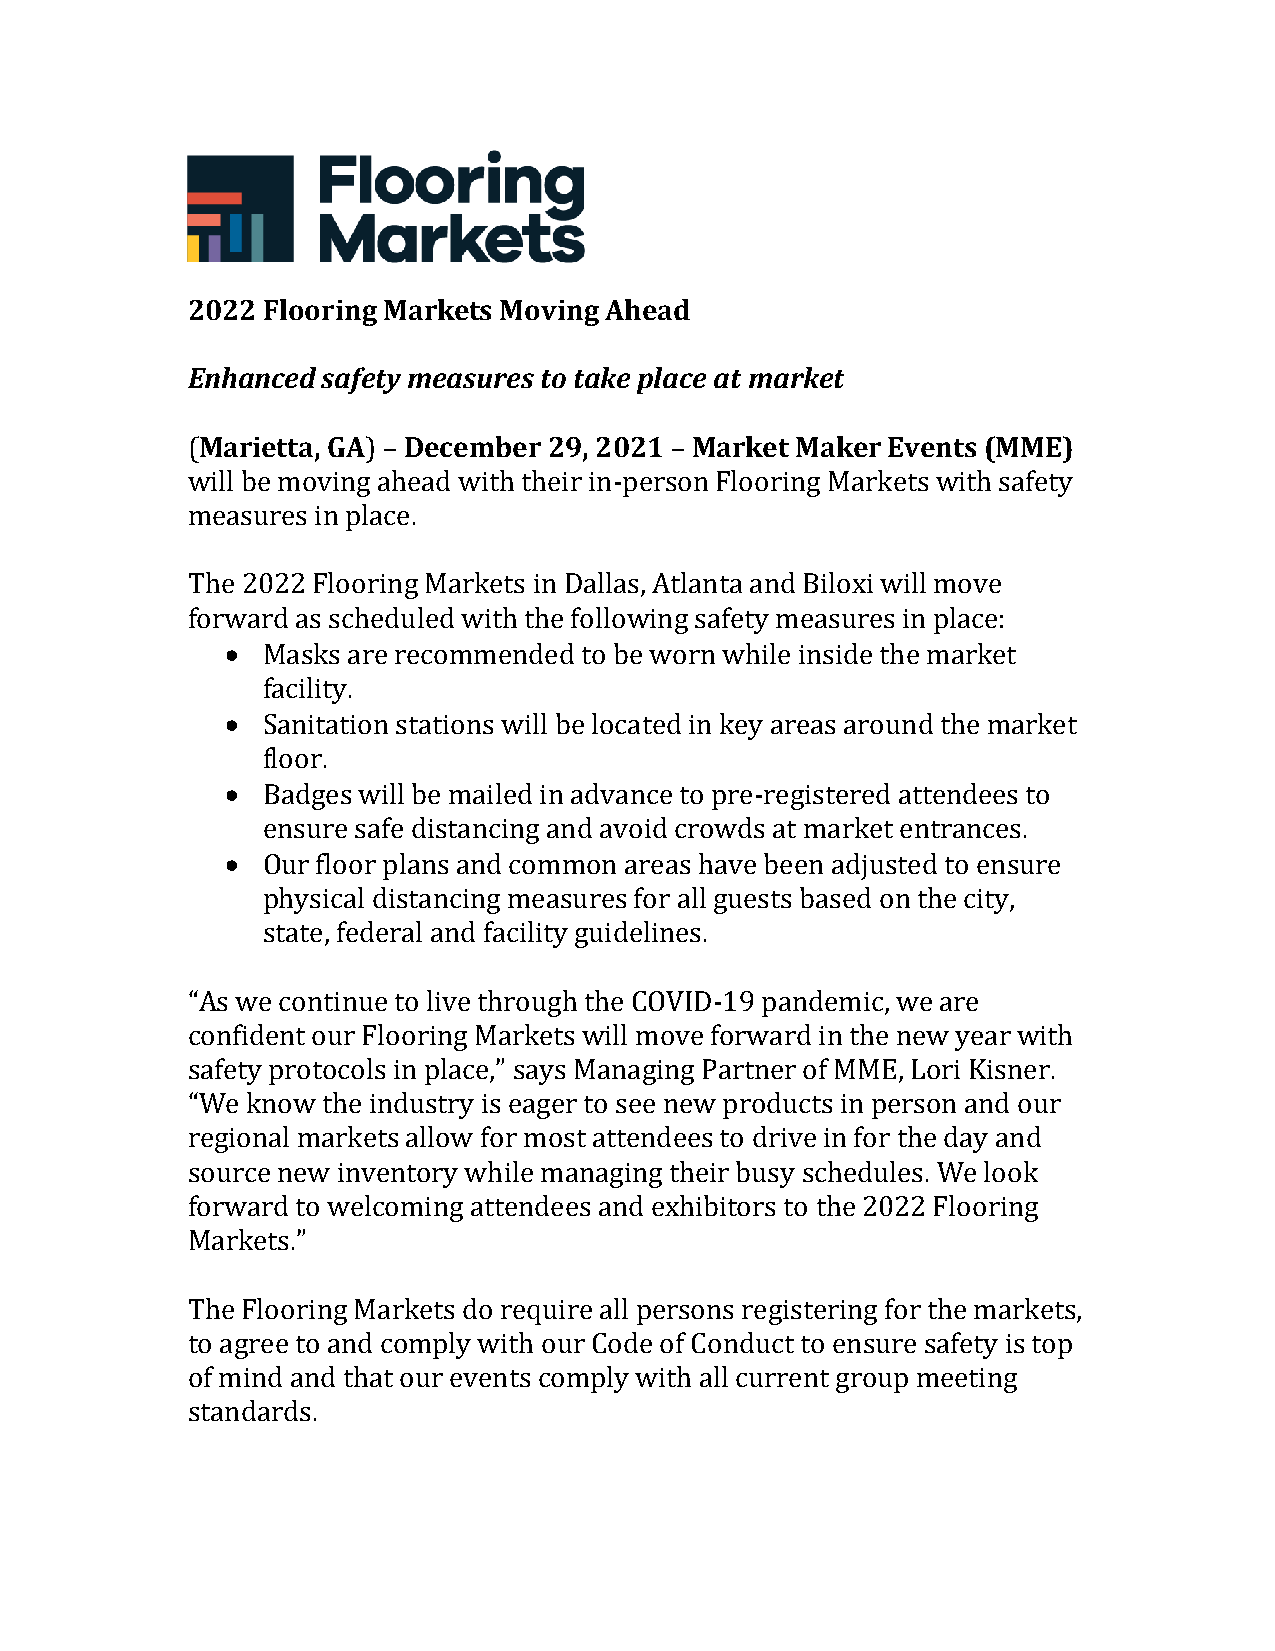
2022 Flooring Markets Moving Ahead
 Enhanced safety measures to take place at market
 (Marietta, GA) – December 29, 2021 – Market Maker Events (MME)
 will be moving ahead with their in-person Flooring Markets with safety
 measures in place.
 The 2022 Flooring Markets in Dallas, Atlanta and Biloxi will move
 forward as scheduled with the following safety measures in place:
 • Masks are recommended to be worn while inside the market
 facility.
 • Sanitation stations will be located in key areas around the market
 floor.
 • Badges will be mailed in advance to pre-registered attendees to
 ensure safe distancing and avoid crowds at market entrances.
 • Our floor plans and common areas have been adjusted to ensure
 physical distancing measures for all guests based on the city,
 state, federal and facility guidelines.
 “As we continue to live through the COVID-19 pandemic, we are
 confident our Flooring Markets will move forward in the new year with
 safety protocols in place,” says Managing Partner of MME, Lori Kisner.
 “We know the industry is eager to see new products in person and our
 regional markets allow for most attendees to drive in for the day and
 source new inventory while managing their busy schedules. We look
 forward to welcoming attendees and exhibitors to the 2022 Flooring
 Markets.”
 The Flooring Markets do require all persons registering for the markets,
 to agree to and comply with our Code of Conduct to ensure safety is top
 of mind and that our events comply with all current group meeting
 standards.